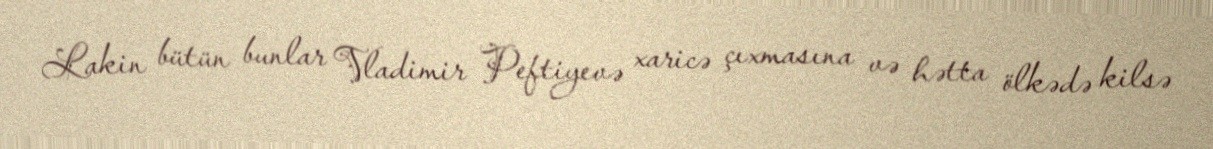
Lakin bütün bunlar Vladimir Peftiyevə xaricə çıxmasına və hətta ölkədə kilsə